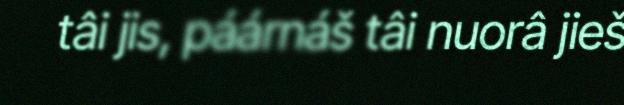
tâi jis, páárnáš tâi nuorâ jieš